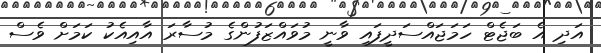
އަދި އެ ބަޖެޓް ހަމަޖައްސަދީފައި ވާނީ މުވައްޒަފުންގެ މުސާރަ އާއިއެކު ކަމަށް ވެސް